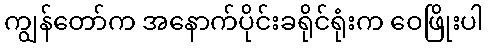
ကျွန်တော်က အနောက်ပိုင်းခရိုင်ရုံးက ဝေဖြိုးပါ